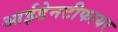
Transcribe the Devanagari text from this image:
आईडेनटीफायर